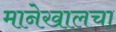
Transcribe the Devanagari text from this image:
मानेखालचा